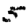
Digit: 5